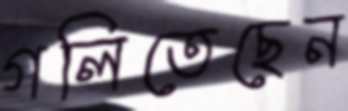
গলিতেছেন